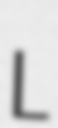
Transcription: L